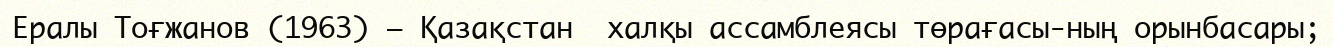
Ералы Тоғжанов (1963) – Қазақстан  халқы ассамблеясы төрағасы­ның орынбасары;